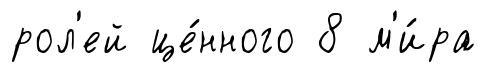
рол'ей це́нного 8 м'и́ра